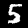
Label: 5